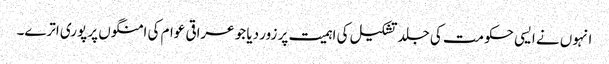
انہوں نے ایسی حکومت کی جلد تشکیل کی اہمیت پر زور دیا جو عراقی عوام کی امنگوں پر پوری اترے۔